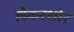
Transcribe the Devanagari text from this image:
लेकरशोर